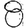
Digit: 8